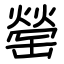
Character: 罃